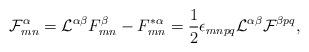
LaTeX: \begin{align*}{\cal F}^\alpha_{mn}={\cal L}^{\alpha\beta}F^\beta_{mn}-F^{*\alpha}_{mn}={1\over 2}\epsilon_{mnpq}{\cal L}^{\alpha\beta}{\cal F}^{\beta pq},\end{align*}